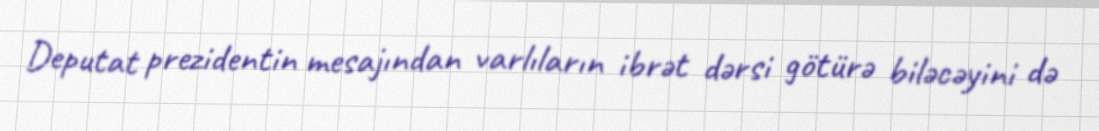
Deputat prezidentin mesajından varlıların ibrət dərsi götürə biləcəyini də